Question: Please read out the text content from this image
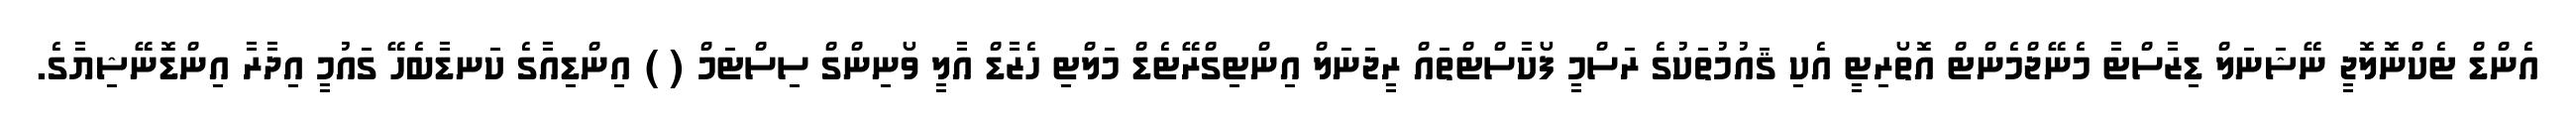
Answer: އެންޑް ޓެކްނޮލޮޖީ ނޭޝަނަލް ޑިޒާސްޓާ މެނޭޖްމެންޓް އޮތޯރިޓީ އެކި ޤައުމުތަކުގެ ރަސްމީ ފޯކާސްޓްތައް ރީޖަނަލް އިންޓިގްރޭޓެޑް މަލްޓި ހެޒާޑް އާލީ ވޯނިންގް ސިސްޓަމް ( ) އިންޑިއާގެ ކަނޑާބެހޭ ގައުމީ އިދާރާ އިންޑޮނޭޝިޔާގެ.